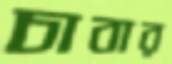
চাবার